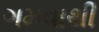
ગમવાથી